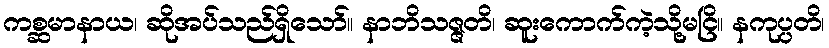
ကစ္ဆမာနာယ၊ ဆိုအပ်သည်ရှိသော်။ နာဘိသဇ္ဇတိ၊ ဆူးကောက်ကဲ့သို့မငြိ။ နကုပ္ပတိ၊